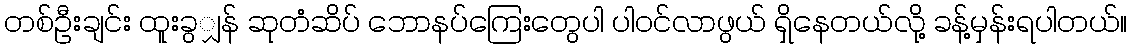
တစ်ဦးချင်း ထူးခွျှန် ဆုတံဆိပ် ဘောနပ်ကြေးတွေပါ ပါဝင်လာဖွယ် ရှိနေတယ်လို့ ခန့်မှန်းရပါတယ်။